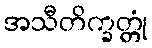
အသီတိက္ခတ္တုံ